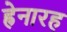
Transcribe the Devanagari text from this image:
ह्रेनारह